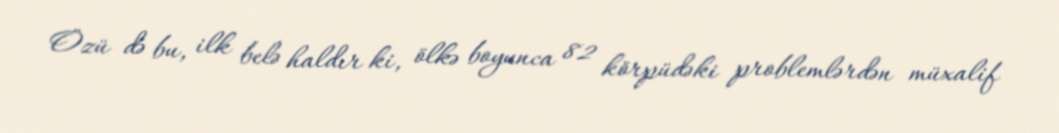
Özü də bu, ilk belə haldır ki, ölkə boyunca 82 körpüdəki problemlərdən müxalif